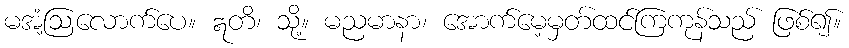
မအံ့ဩလောက်ပေ။ ဣတိ၊ သို့။ မညမာနာ၊ အောက်မေ့မှတ်ထင်ကြကုန်သည် ဖြစ်၍။